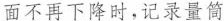
面不再下降时，记录量筒